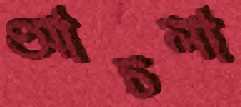
আচলা